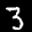
Label: 3